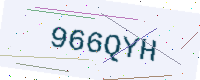
Text: 966QYH